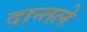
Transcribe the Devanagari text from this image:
दान्तले